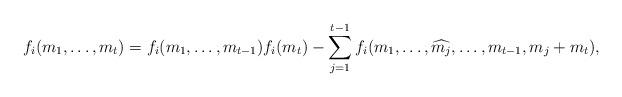
LaTeX: \begin{align*}f_i({m_1},\ldots,m_{t}) =f_i({m_1},\ldots,{m_{t-1}})f_i(m_{t})-\sum_{j=1}^{t-1}f_i(m_1,\ldots,\widehat{m_j},\ldots,m_{t-1},m_j+m_{t}),\end{align*}